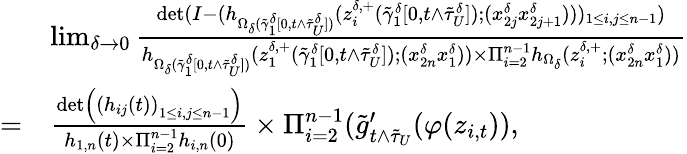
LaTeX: \begin{array}{rl}&{\operatorname*{lim}_{\delta\to 0}\frac{\operatorname*{det}(I-(h_{\Omega_{\delta}(\tilde{\gamma}_{1}^{\delta}[0,t\wedge\tilde{\tau}_{U}^{\delta}])}(z_{i}^{\delta,+}(\tilde{\gamma}_{1}^{\delta}[0,t\wedge\tilde{\tau}_{U}^{\delta}]);(x_{2j}^{\delta}x_{2j+1}^{\delta})))_{1\le i,j\le n-1})}{h_{\Omega_{\delta}(\tilde{\gamma}_{1}^{\delta}[0,t\wedge\tilde{\tau}_{U}^{\delta}])}(z_{1}^{\delta,+}(\tilde{\gamma}_{1}^{\delta}[0,t\wedge\tilde{\tau}_{U}^{\delta}]);(x_{2n}^{\delta}x_{1}^{\delta}))\times\Pi_{i=2}^{n-1}h_{\Omega_{\delta}}(z_{i}^{\delta,+};(x_{2n}^{\delta}x_{1}^{\delta}))}}\\ {=}&{\frac{\operatorname*{det}\left(\left(h_{ij}(t)\right)_{1\le i,j\le n-1}\right)}{h_{1,n}(t)\times\Pi_{i=2}^{n-1}h_{i,n}(0)}\times\Pi_{i=2}^{n-1}(\tilde{g}_{t\wedge\tilde{\tau}_{U}}^{\prime}(\varphi(z_{i,t})),}\end{array}